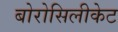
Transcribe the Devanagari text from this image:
बोरोसिलीकेट